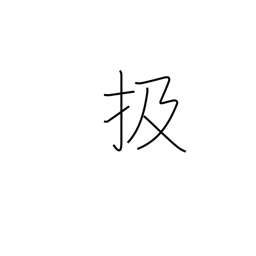
Meaning: strip